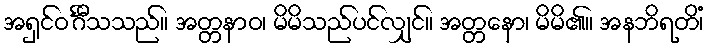
အရှင်ဝင်္ဂီသသည်။ အတ္တနာဝ၊ မိမိသည်ပင်လျှင်။ အတ္တနော၊ မိမိ၏။ အနဘိရတိံ၊